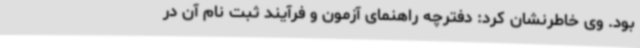
بود. وی خاطرنشان کرد: دفترچه راهنمای آزمون و فرآیند ثبت نام آن در